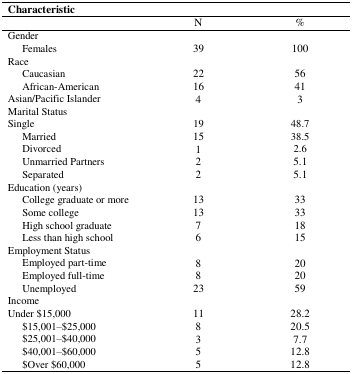
<table><thead><tr><td><b>Characteristic</b></td><td></td><td></td></tr><tr><td></td><td><b>N</b></td><td><b>%</b></td></tr></thead><tbody><tr><td>Gender</td><td></td><td></td></tr><tr><td> Females</td><td>39</td><td>100</td></tr><tr><td>Race</td><td></td><td></td></tr><tr><td> Caucasian</td><td>22</td><td>56</td></tr><tr><td> African-American</td><td>16</td><td>41</td></tr><tr><td>Asian/Pacific Islander</td><td>4</td><td>3</td></tr><tr><td>Marital Status</td><td></td><td></td></tr><tr><td>Single</td><td>19</td><td>48.7</td></tr><tr><td> Married</td><td>15</td><td>38.5</td></tr><tr><td> Divorced</td><td>1</td><td>2.6</td></tr><tr><td> Unmarried Partners</td><td>2</td><td>5.1</td></tr><tr><td> Separated</td><td>2</td><td>5.1</td></tr><tr><td>Education (years)</td><td></td><td></td></tr><tr><td> College graduate or more</td><td>13</td><td>33</td></tr><tr><td> Some college</td><td>13</td><td>33</td></tr><tr><td> High school graduate</td><td>7</td><td>18</td></tr><tr><td> Less than high school</td><td>6</td><td>15</td></tr><tr><td>Employment Status</td><td></td><td></td></tr><tr><td> Employed part-time</td><td>8</td><td>20</td></tr><tr><td> Employed full-time</td><td>8</td><td>20</td></tr><tr><td> Unemployed</td><td>23</td><td>59</td></tr><tr><td>Income</td><td></td><td></td></tr><tr><td>Under $15,000</td><td>11</td><td>28.2</td></tr><tr><td> $15,001–$25,000</td><td>8</td><td>20.5</td></tr><tr><td> $25,001–$40,000</td><td>3</td><td>7.7</td></tr><tr><td> $40,001–$60,000</td><td>5</td><td>12.8</td></tr><tr><td> $Over $60,000</td><td>5</td><td>12.8</td></tr></tbody></table>